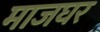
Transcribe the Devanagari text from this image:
माजघर